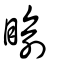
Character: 睮